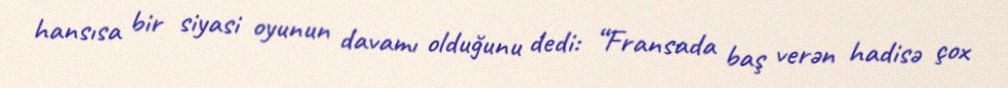
hansısa bir siyasi oyunun davamı olduğunu dedi: “Fransada baş verən hadisə çox